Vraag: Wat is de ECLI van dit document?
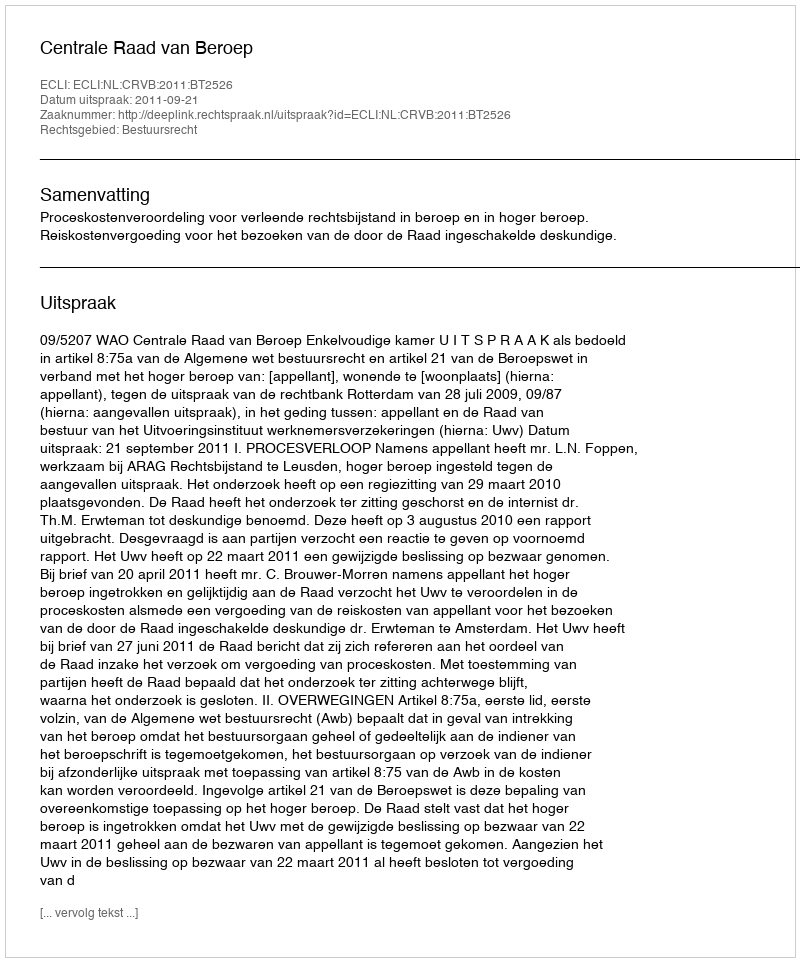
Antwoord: ECLI:NL:CRVB:2011:BT2526